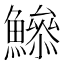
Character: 𩻦